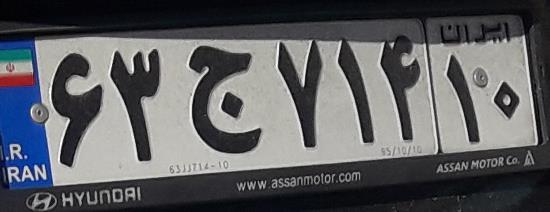
۶۳ج۷۱۴۱۰